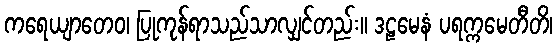
ကရေယျာတေဝ၊ ပြုကုန်ရာသည်သာလျှင်တည်း။ ဒဠမေနံ ပရက္ကမေတီတိ၊